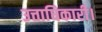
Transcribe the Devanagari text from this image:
उत्ताधिकारी।